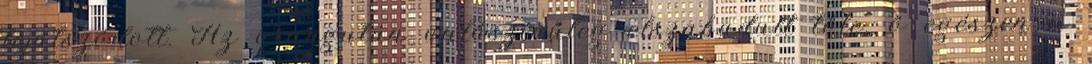
lejátszódott. Az orangután valószínűleg elszabadult tőle, ő egészen a